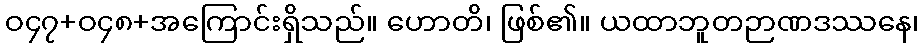
ဝ၄၇+ဝ၄၈+အကြောင်းရှိသည်။ ဟောတိ၊ ဖြစ်၏။ ယထာဘူတဉာဏဒဿနေ၊